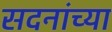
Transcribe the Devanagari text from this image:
सदनांच्या